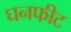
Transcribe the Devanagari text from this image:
घनफीट